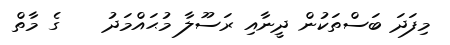
މިފަދަ ބަސްތަކުން ދީނާއި ރަސޫލާ މުޙައްމަދު    ގެ މާތް